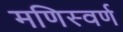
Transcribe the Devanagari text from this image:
मणिस्वर्ण